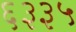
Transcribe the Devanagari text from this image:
६३३५